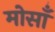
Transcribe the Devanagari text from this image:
मोसाँ